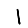
Digit: 1